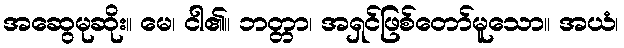
အဆွေမုဆိုး။ မေ၊ ငါ၏။ ဘတ္တာ၊ အရှင်ဖြစ်တော်မူသော။ အယံ၊